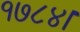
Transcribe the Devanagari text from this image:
१७८४।